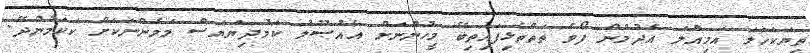
ތިޔަކަހަލަ އަމިއްލަ އެދުމުން ފޯވެ ތަތްތެޅިފައިތިބޭ މީހުންަނަށް އެއުޞޫލު ކަމުދިޔަޔަސް މަމެންނަކަށް ކަކަމުނުދޭ.